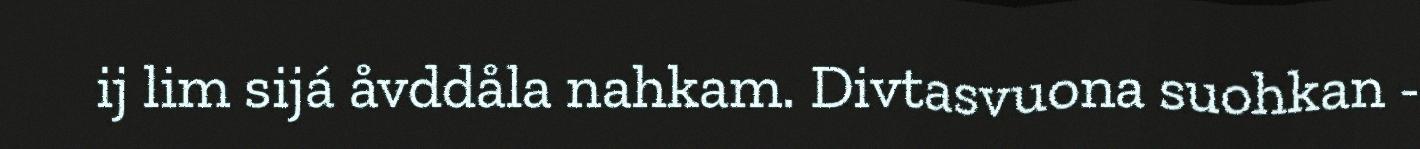
ij lim sijá åvddåla nahkam. Divtasvuona suohkan -